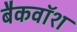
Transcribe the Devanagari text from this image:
बैकवॉश